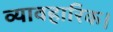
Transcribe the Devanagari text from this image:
व्यावहारिक।